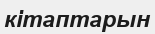
кітаптарын